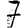
Digit: 7